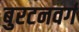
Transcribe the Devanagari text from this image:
बुरटनवर्ग